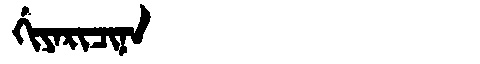
Manchu: ᡤᡳᠶᠠᡵᡳᠴᡳᠨᠠ
Romanization: GIYARICINA